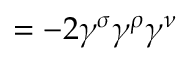
= - 2 \gamma ^ { \sigma } \gamma ^ { \rho } \gamma ^ { \nu }